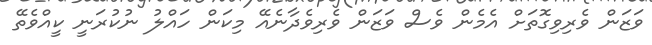
ވަޒަން ވެރިވިގޮތަށް އެމެން ވެސް ވަޒަން ވެރިވެދާނެއޭ މިކަން ހައްލު ނުކުރަނީ ކީއްވެތޭ